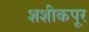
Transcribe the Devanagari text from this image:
शशीकपूर